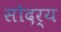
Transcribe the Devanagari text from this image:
सोदर्य